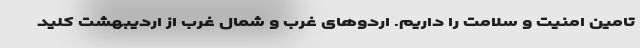
تامین امنیت و سلامت را داریم. اردوهای غرب و شمال غرب از اردیبهشت کلید